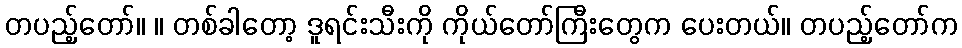
တပည့်တော်။ ။ တစ်ခါတော့ ဒူရင်းသီးကို ကိုယ်တော်ကြီးတွေက ပေးတယ်။ တပည့်တော်က